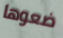
ضعوها